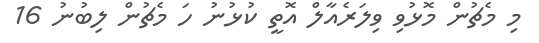
މި މެޗުން މޮޅުވި ވިލަރެއާލް އޮތީ ކުޅުނު ހަ މެޗުން ލިބުނު 16